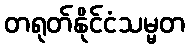
တရုတ်နိုင်ငံသမ္မတ